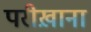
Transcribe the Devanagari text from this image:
परीख़ाना